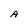
Character: A